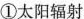
①太阳辐射